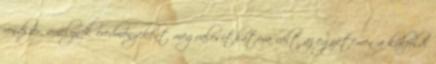
rendszer, amelynek eredményeként megvalósíthatóvá vált az egyetemen a külföldi